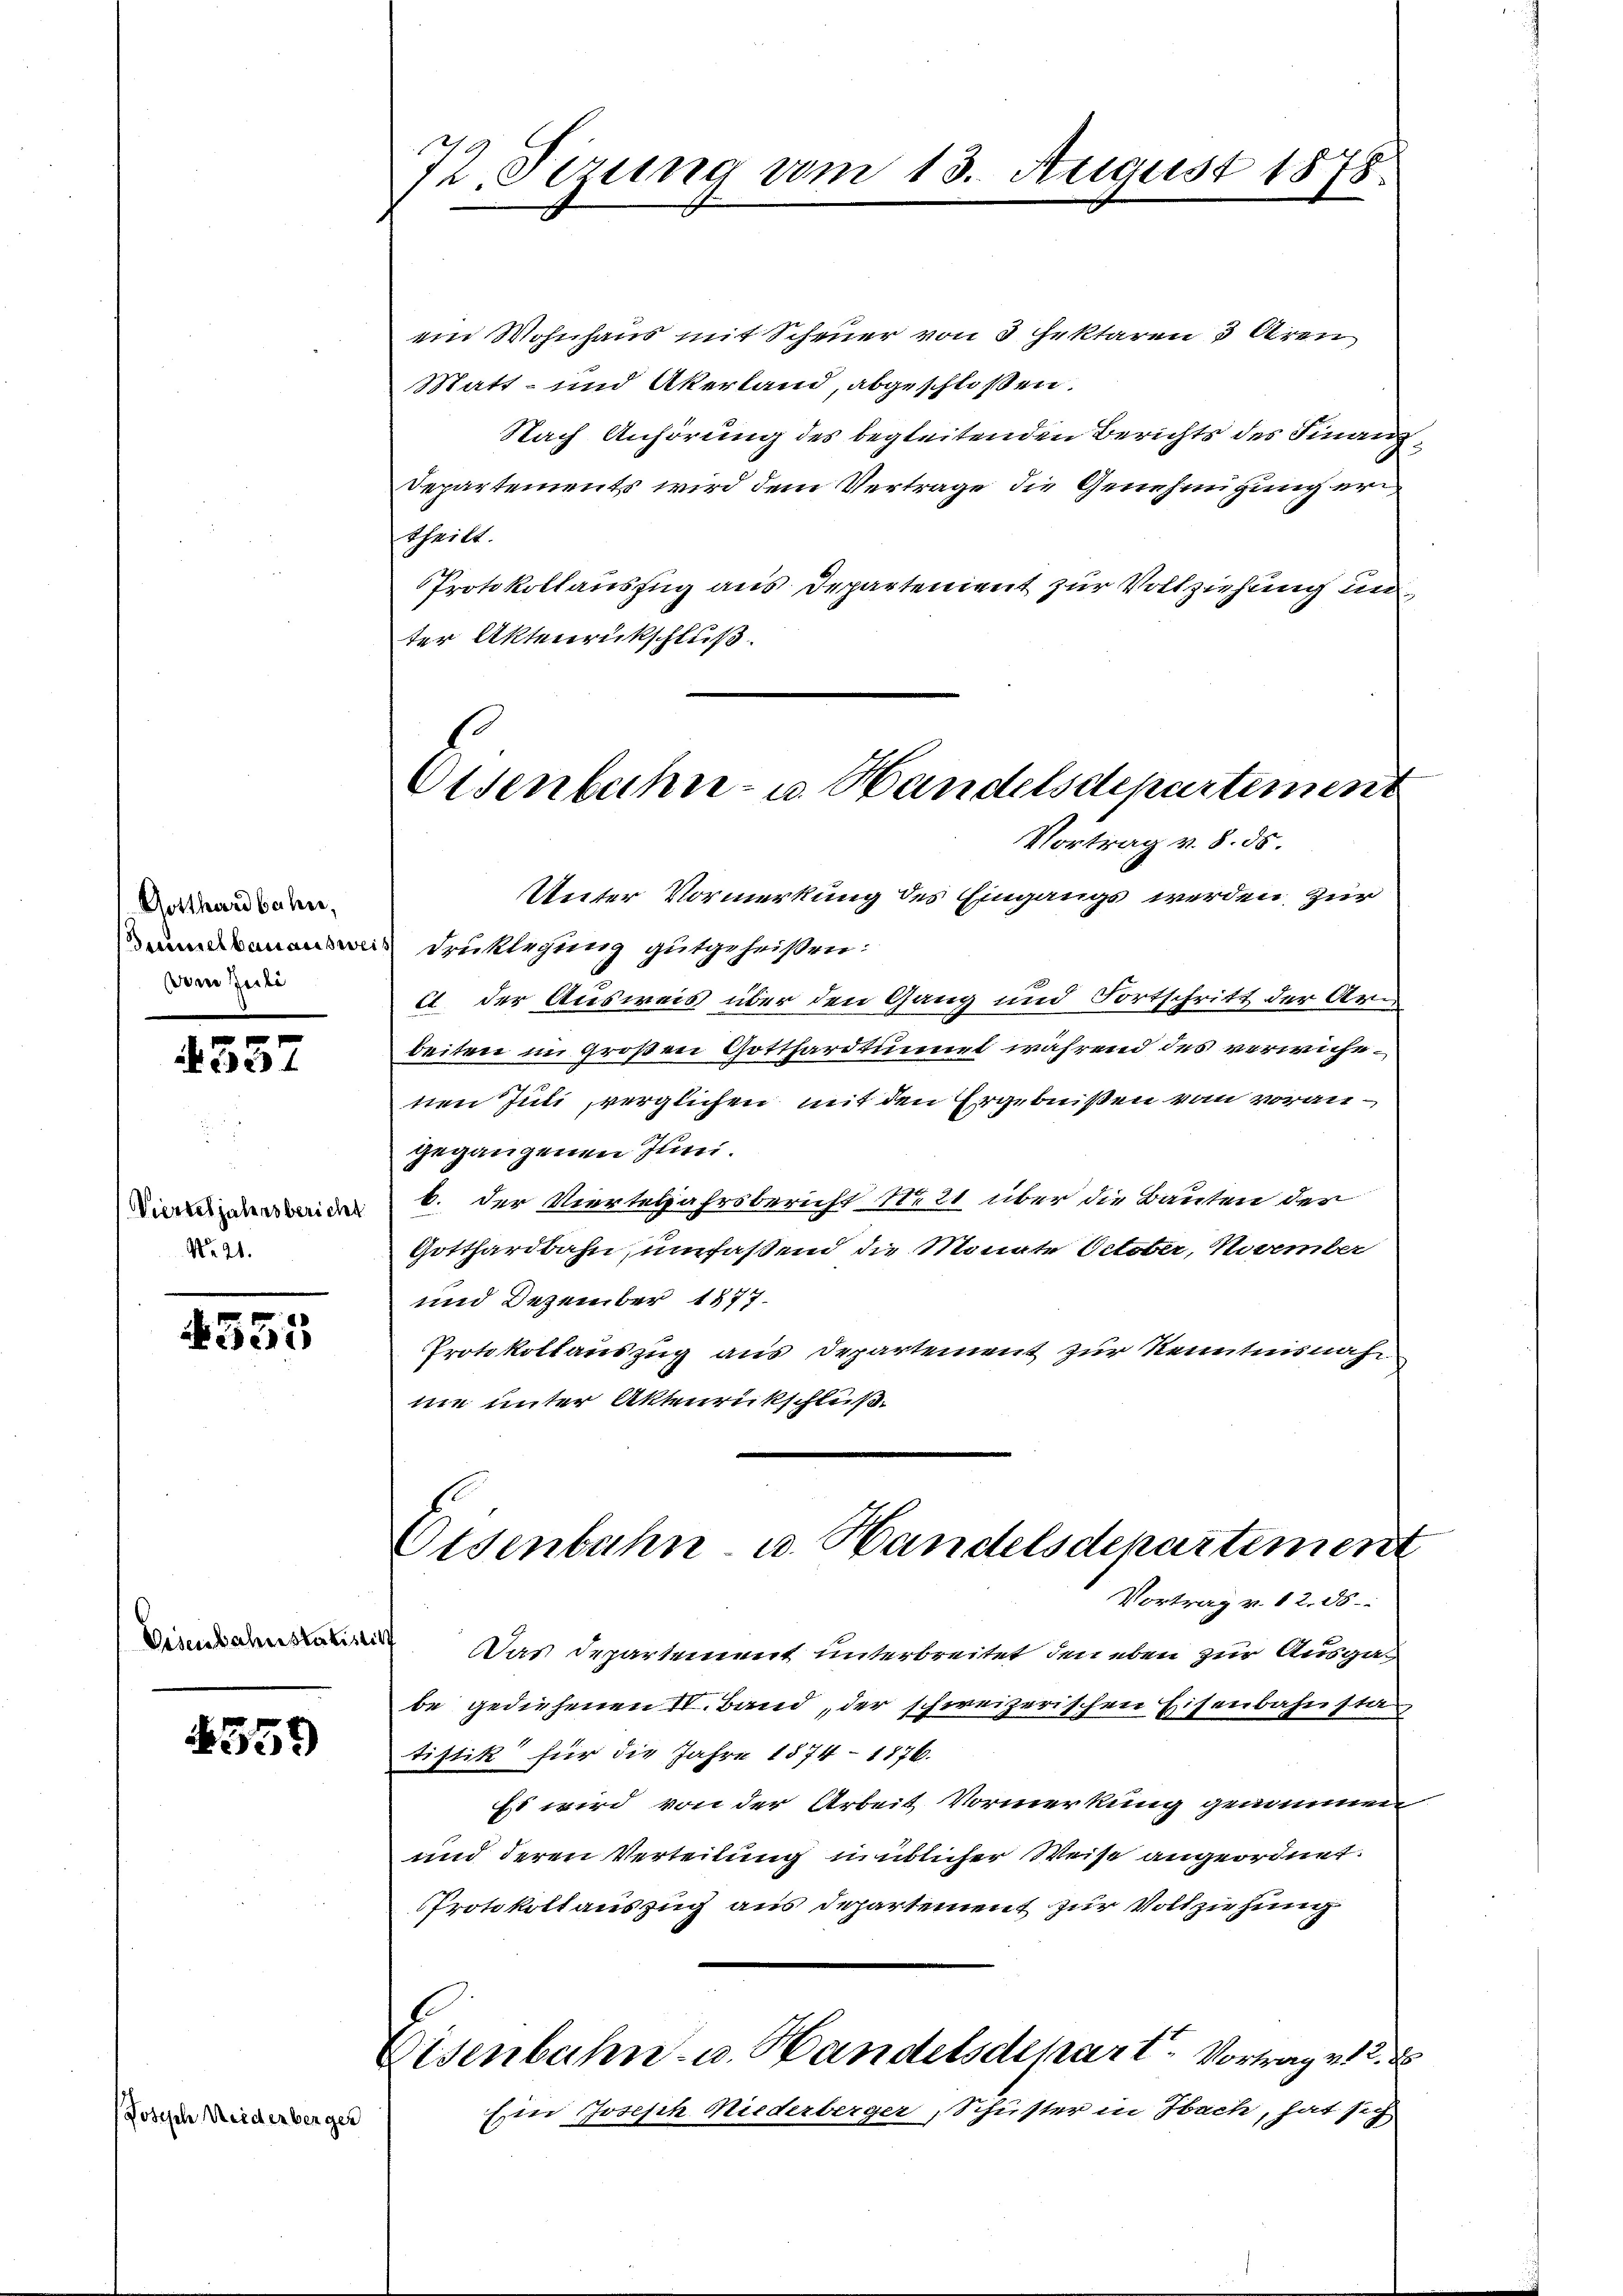
Gotthardbahne,
ammelbauause
von Basle

557

Vierteljahrsbericht
No 21.

4555

Visenbahnstatisti

359

Joseph Weidenberg

da

72. Sizung vom 13.

August 1878.

Eisenbahn- u. Handelsdepartement
Vortrag v. 8. ds.

ein Wohnhaus mit Scheuer von 3 Hektoren 3 Aren
Matt- und Akerland, abgeschloßen.
Nach Anhörung des begleitenden Berichts des Finanz
Departements wird dem Vertrage die Genehmigung eritheilt.
Protokollauszug aus Departement zur Vollziehung un
ter Aktenrückschluß.
Unter Vormerkung des Eingangs werden, zur
Druklegung gutgeheißen:
Et der Ausweis über den Gang und Fortschritt der Arbeiten im großen Gotthardtunnel während des verwichetten Juni, verglichen mit den Ergebnißen von vorangegangenen Juni.
b. der Vierteljahrsbericht Nett über die Bauten der
Gotthardbahn umfaßend die Monate October, November
und Dezember 1877.
Protokollauszug aus Departement zur Kenntnisnah
mie unter Aktenrückschluß
Eisenbahn u. Handelsdepartement
Vortrag v. 12. 58
Das Departement unterbreitet, den eben zur Ausgabe gediehenen II. Band, der schweizerischen Eisenbahnsta
tistik für die Jahre 1874 - 1876.
Es wird von der Arbeit Vormerkung genommen
und deren Verteilung unüblicher Weise angeordnet.
Protokollauszug aus Departement zur Vollziehung
Eisenbahn- u. Handelsdepart. Vortrag v. 2.
Ein Joseph Niederberger, Schuster in Hach, hat sich